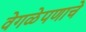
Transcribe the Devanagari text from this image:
वेगळेपणाचे